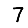
Digit: 7